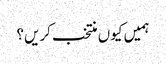
ہمیں کیوں منتخب کریں؟